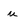
Character: u